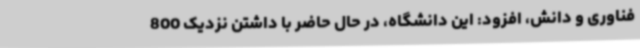
فناوری و دانش، افزود: این دانشگاه، در حال حاضر با داشتن نزدیک 800